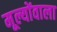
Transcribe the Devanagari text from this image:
मूल्योंवाला